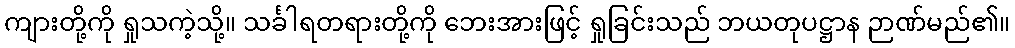
ကျားတို့ကို ရှုသကဲ့သို့။ သင်္ခါရတရားတို့ကို ဘေးအားဖြင့် ရှုခြင်းသည် ဘယတုပဋ္ဌာန ဉာဏ်မည်၏။